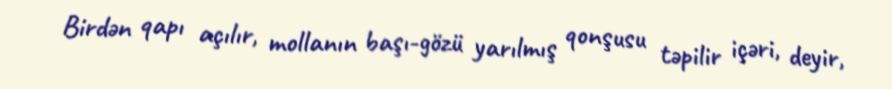
Birdən qapı açılır, mollanın başı-gözü yarılmış qonşusu təpilir içəri, deyir,